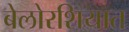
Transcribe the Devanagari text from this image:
बेलोरशियात